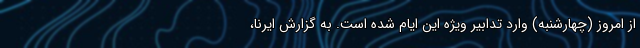
از امروز (چهارشنبه) وارد تدابیر ویژه این ایام شده است. به گزارش ایرنا،